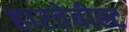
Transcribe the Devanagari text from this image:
हारतेबीस्ट